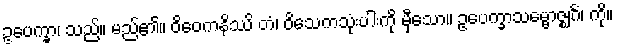
ဥပေက္ခာ၊ သည်။ မည်၏။ ဝိဝေကနိဿိ တံ၊ ဝိသေကသုံးပါးကို မှီသော။ ဥပေက္ခာသမ္ဗောဇ္ဈင်္ဂံ၊ ကို။